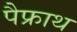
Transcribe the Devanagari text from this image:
पैफ्राथ